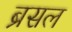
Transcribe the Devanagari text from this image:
ब्रसल